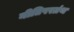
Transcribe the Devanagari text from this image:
नीतिपरग्रंथ